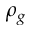
\rho _ { g }